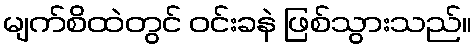
မျက်စိထဲတွင် ဝင်းခနဲ ဖြစ်သွားသည်။